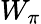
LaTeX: W_{\pi}